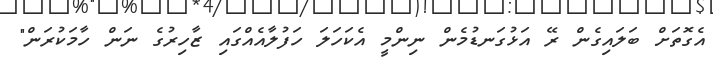
އެގޮތަށް ބަލައިގެން ރޭ އަޅުގަނޑުމެން ނިންމީ އެކަހަލަ ހަފުލާއެއްގައި ޒާހިރުގެ ނަން ހާމަކުރަން"